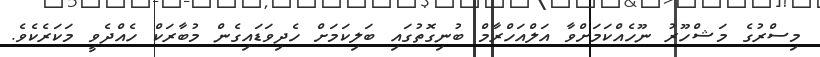
މިސްރުގެ މަޝްހޫރު ނޫހެއްކަމަށްވާ އަލްއަހްރާމް ބުނިގޮތުގައި ބަލިކަމަށް ހެދިވަޑައިގެން މުބާރަކް ހެއްދެވީ މަކަރެކެވެ.